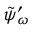
\tilde { \psi } _ { \omega } ^ { \prime }